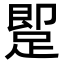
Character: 𨂢